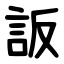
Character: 䛀